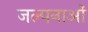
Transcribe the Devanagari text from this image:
जल्पनाओं